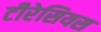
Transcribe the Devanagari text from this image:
टीरेसियस